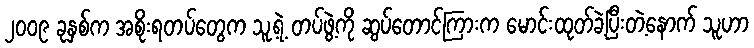
၂၀၀၉ ခုနှစ်က အစိုးရတပ်တွေက သူ့ရဲ့ တပ်ဖွဲ့ကို ဆွပ်တောင်ကြားက မောင်းထုတ်ခဲ့ပြီးတဲ့နောက် သူဟာ